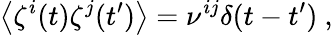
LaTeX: \left\langle\zeta^{i}(t)\zeta^{j}(t^{\prime})\right\rangle=\nu^{ij}\delta(t-t^{\prime})\ ,